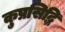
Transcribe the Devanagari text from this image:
कुप्रसिद्धि